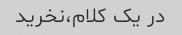
در یک کلام،نخرید